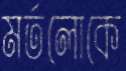
মর্তলোকে